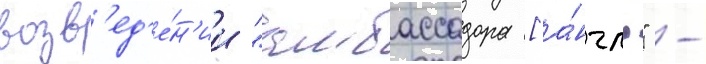
возв'ед'е́н'ии "амбассадора [а́нгл." -